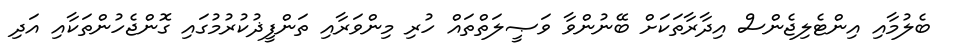
ބެލުމާއި އިންޓެލިޖެންސް އިދާރާތަކަށް ބޭނުންވާ ވަޞީލަތްތައް ހުރި މިންވަރާއި ތަންފީޛުކުރުމުގައި ގޮންޖެހުންތަކާއި އަދި